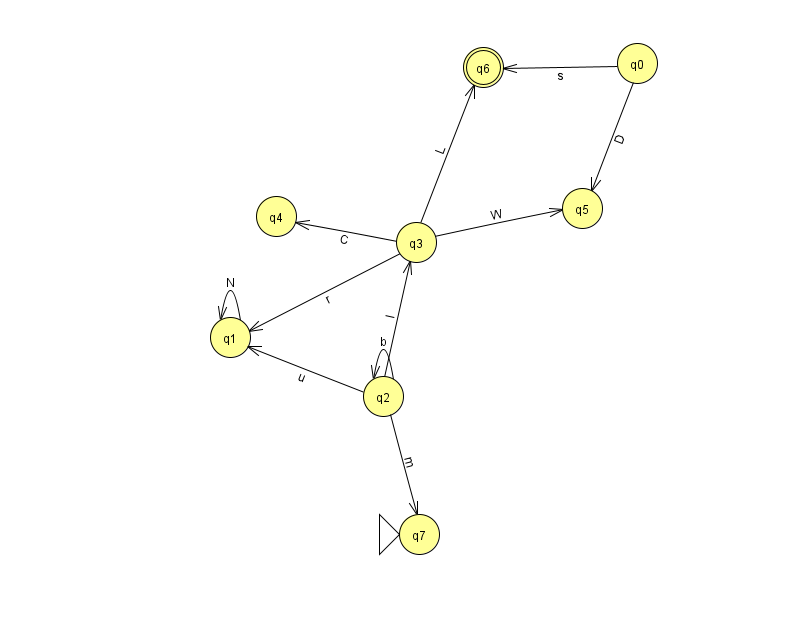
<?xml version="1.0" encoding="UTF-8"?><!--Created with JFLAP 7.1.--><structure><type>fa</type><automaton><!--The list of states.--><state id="0" name="q0"><x>637.0</x><y>50.0</y></state><state id="1" name="q1"><x>230.0</x><y>324.0</y></state><state id="2" name="q2"><x>383.0</x><y>383.0</y></state><state id="3" name="q3"><x>416.0</x><y>229.0</y></state><state id="4" name="q4"><x>276.0</x><y>203.0</y></state><state id="5" name="q5"><x>582.0</x><y>195.0</y></state><state id="6" name="q6"><x>483.0</x><y>54.0</y><final/></state><state id="7" name="q7"><x>419.0</x><y>521.0</y><initial/></state><!--The list of transitions.--><transition><from>0</from><to>6</to><read>s</read></transition><transition><from>2</from><to>2</to><read>b</read></transition><transition><from>3</from><to>5</to><read>W</read></transition><transition><from>0</from><to>5</to><read>D</read></transition><transition><from>3</from><to>4</to><read>C</read></transition><transition><from>3</from><to>1</to><read>r</read></transition><transition><from>2</from><to>1</to><read>u</read></transition><transition><from>2</from><to>3</to><read>l</read></transition><transition><from>1</from><to>1</to><read>N</read></transition><transition><from>2</from><to>7</to><read>m</read></transition><transition><from>3</from><to>6</to><read>L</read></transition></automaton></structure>